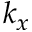
k _ { x }